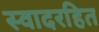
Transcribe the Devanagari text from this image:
स्वादरहित